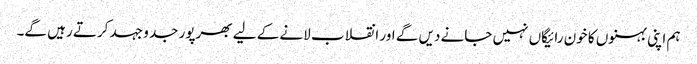
ہم اپنی بہنوں کا خون رائیگاں نہیں جانے دیں گے اور انقلاب لانے کے لیے بھرپور جد و جہد کرتے رہیں گے۔